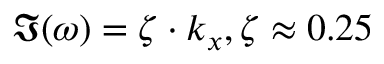
\Im ( \omega ) = \zeta \cdot k _ { x } , \zeta \approx 0 . 2 5